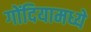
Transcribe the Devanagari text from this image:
गोंदियामध्ये